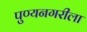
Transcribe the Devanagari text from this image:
पुण्यनगरीला